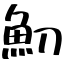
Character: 魛